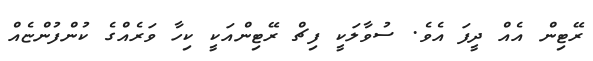
ރޭޓިން އެއް ދީފަ އެވެ. ސުވާލަކީ ފިޗް ރޭޓިންއަކީ ކިހާ ވަރެއްގެ ކުންފުންޏެއް